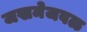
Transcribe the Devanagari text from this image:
जखमेजवळ